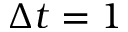
\Delta t = 1